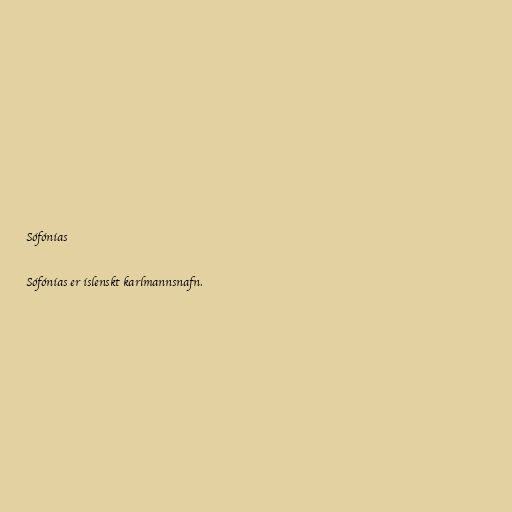
Sófónías

Sófónías er íslenskt karlmannsnafn.